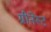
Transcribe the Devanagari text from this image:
ग्रीनेस्ट